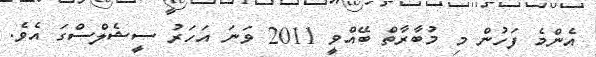
އެންމެ ފަހުން މި މުބާރާތް ބޭއްވީ 2011 ވަނަ އަހަރު ސީޝެލްސްގަ އެވެ.